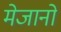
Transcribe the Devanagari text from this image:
मेजानो